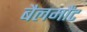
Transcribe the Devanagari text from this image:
बैलमौंट